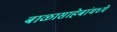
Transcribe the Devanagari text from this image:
बाळासाहेबांमध्ये